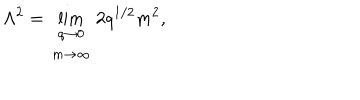
\Lambda ^ { 2 } = \lim _ { \begin{array} { c } { { q \rightarrow 0 } } \\ { { m \rightarrow \infty } } \\ \end{array} } 2 q ^ { 1 / 2 } m ^ { 2 } ,